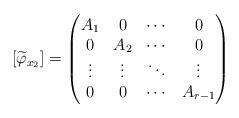
LaTeX: \begin{align*} [\widetilde{\varphi}_{x_2}]= \begin{pmatrix} A_1 & 0 & \cdots & 0 \\ 0 & A_2 & \cdots & 0 \\ \vdots & \vdots & \ddots & \vdots \\ 0 & 0 & \cdots & A_{{r}-1} \end{pmatrix} \end{align*}